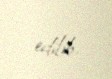
edilib.